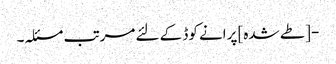
- [طے شدہ] پرانے کوڈ کے لئے مرتب مسئلہ۔